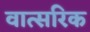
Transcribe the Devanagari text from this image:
वात्सरिक